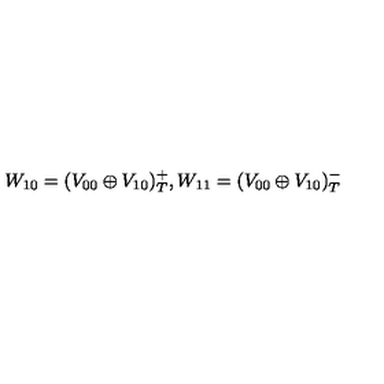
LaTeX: W _ { 1 0 } = ( V _ { 0 0 } \oplus V _ { 1 0 } ) _ { T } ^ { + } , W _ { 1 1 } = ( V _ { 0 0 } \oplus V _ { 1 0 } ) _ { T } ^ { - }